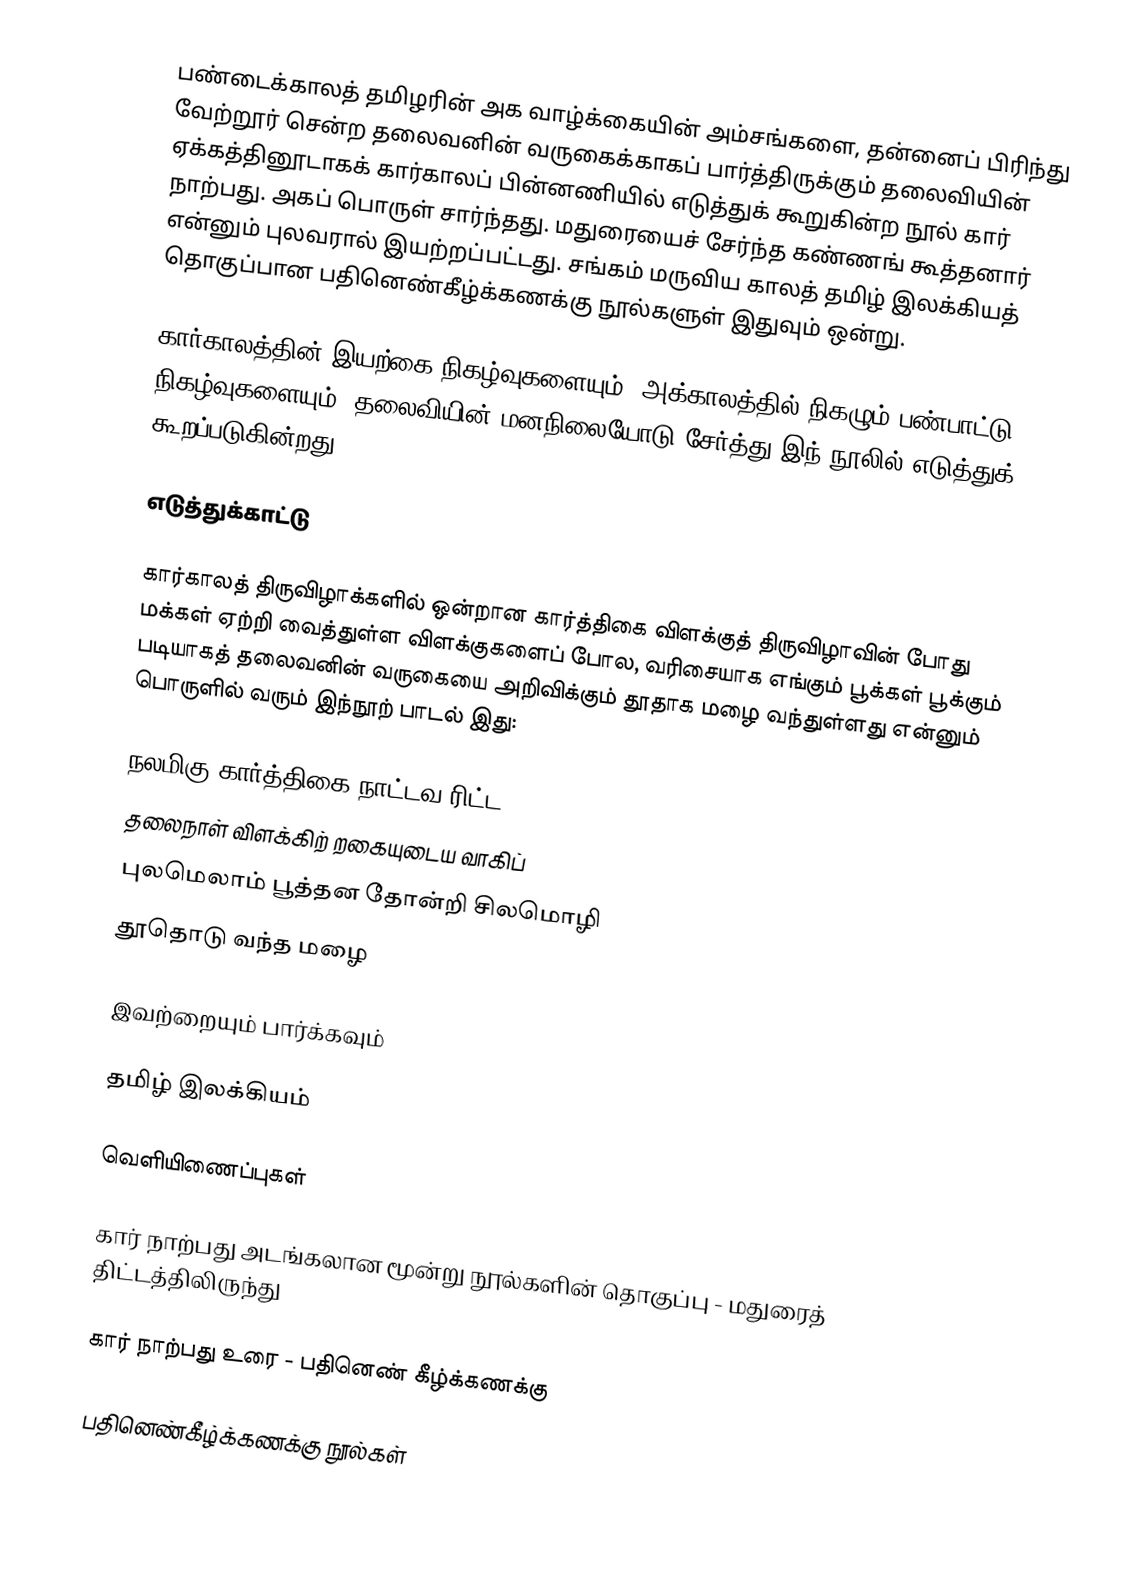
பண்டைக்காலத் தமிழரின் அக வாழ்க்கையின் அம்சங்களை, தன்னைப் பிரிந்து வேற்றூர் சென்ற தலைவனின் வருகைக்காகப் பார்த்திருக்கும் தலைவியின் ஏக்கத்தினூடாகக் கார்காலப் பின்னணியில் எடுத்துக் கூறுகின்ற நூல் கார் நாற்பது. அகப் பொருள் சார்ந்தது. மதுரையைச் சேர்ந்த கண்ணங் கூத்தனார் என்னும் புலவரால் இயற்றப்பட்டது. சங்கம் மருவிய காலத் தமிழ் இலக்கியத் தொகுப்பான பதினெண்கீழ்க்கணக்கு நூல்களுள் இதுவும் ஒன்று.

கார்காலத்தின் இயற்கை நிகழ்வுகளையும், அக்காலத்தில் நிகழும் பண்பாட்டு நிகழ்வுகளையும், தலைவியின் மனநிலையோடு சேர்த்து இந் நூலில் எடுத்துக் கூறப்படுகின்றது.

எடுத்துக்காட்டு

கார்காலத் திருவிழாக்களில் ஒன்றான கார்த்திகை விளக்குத் திருவிழாவின் போது மக்கள் ஏற்றி வைத்துள்ள விளக்குகளைப் போல, வரிசையாக எங்கும் பூக்கள் பூக்கும் படியாகத் தலைவனின் வருகையை அறிவிக்கும் தூதாக மழை வந்துள்ளது என்னும் பொருளில் வரும் இந்நூற் பாடல் இது:

 நலமிகு கார்த்திகை நாட்டவ ரிட்ட
 தலைநாள் விளக்கிற் றகையுடைய வாகிப்
 புலமெலாம் பூத்தன தோன்றி சிலமொழி
 தூதொடு வந்த மழை

இவற்றையும் பார்க்கவும்

 தமிழ் இலக்கியம்

வெளியிணைப்புகள்

கார் நாற்பது அடங்கலான மூன்று நூல்களின் தொகுப்பு - மதுரைத் திட்டத்திலிருந்து

கார் நாற்பது உரை - பதினெண் கீழ்க்கணக்கு

பதினெண்கீழ்க்கணக்கு நூல்கள்